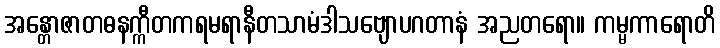
အန္တောဇာတဓနက္ကီတကရမရာနီတသာမံဒါသဗျောပဂတာနံ အညတရော။ ကမ္မကာရောတိ